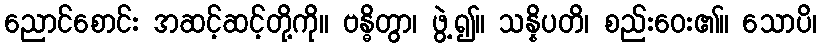
ညောင်စောင်း အဆင့်ဆင့်တို့ကို။ ဗန္ဓိတွာ၊ ဖွဲ့၍။ သန္နိပတိ၊ စည်းဝေး၏။ သောပိ၊